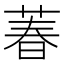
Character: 萶